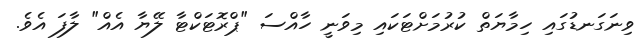
ވިނަގަނޑުގައި ހިމާޔަތް ކުރުމަށްޓަކައި މިވަނީ ހާއްސަ "ޕްރޮޓަކްޓާ ލޭޔާ އެއް" ލާފަ އެވެ.